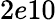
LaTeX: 2e10